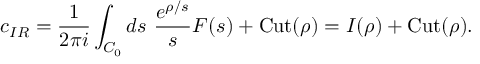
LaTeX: c _ { I R } = \frac { 1 } { 2 \pi i } \int _ { C _ { 0 } } d s \ \frac { e ^ { \rho / s } } { s } F ( s ^ { } ) + \mathrm { C u t } ( \rho ) = I ( \rho ) + \mathrm { C u t } ( \rho ) .